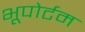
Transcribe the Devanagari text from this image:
भूपोर्टम